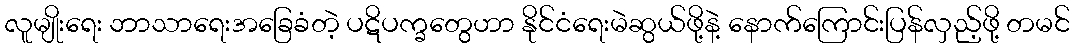
လူမျိုးရေး ဘာသာရေးအခြေခံတဲ့ ပဋိပက္ခတွေဟာ နိုင်ငံရေးမဲဆွယ်ဖို့နဲ့ နောက်ကြောင်းပြန်လှည့်ဖို့ တမင်